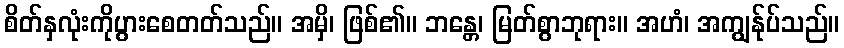
စိတ်နှလုံးကိုပွားစေတတ်သည်။ အမှိ၊ ဖြစ်၏။ ဘန္တေ၊ မြတ်စွာဘုရား။ အဟံ၊ အကျွန်ုပ်သည်။